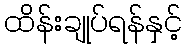
ထိန်းချုပ်ရန်နှင့်